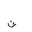
Letter: _ta